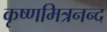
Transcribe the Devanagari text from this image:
कृष्णमित्रनन्द